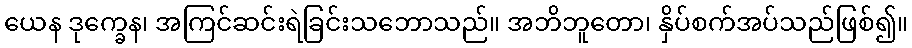
ယေန ဒုက္ခေန၊ အကြင်ဆင်းရဲခြင်းသဘောသည်။ အဘိဘူတော၊ နှိပ်စက်အပ်သည်ဖြစ်၍။